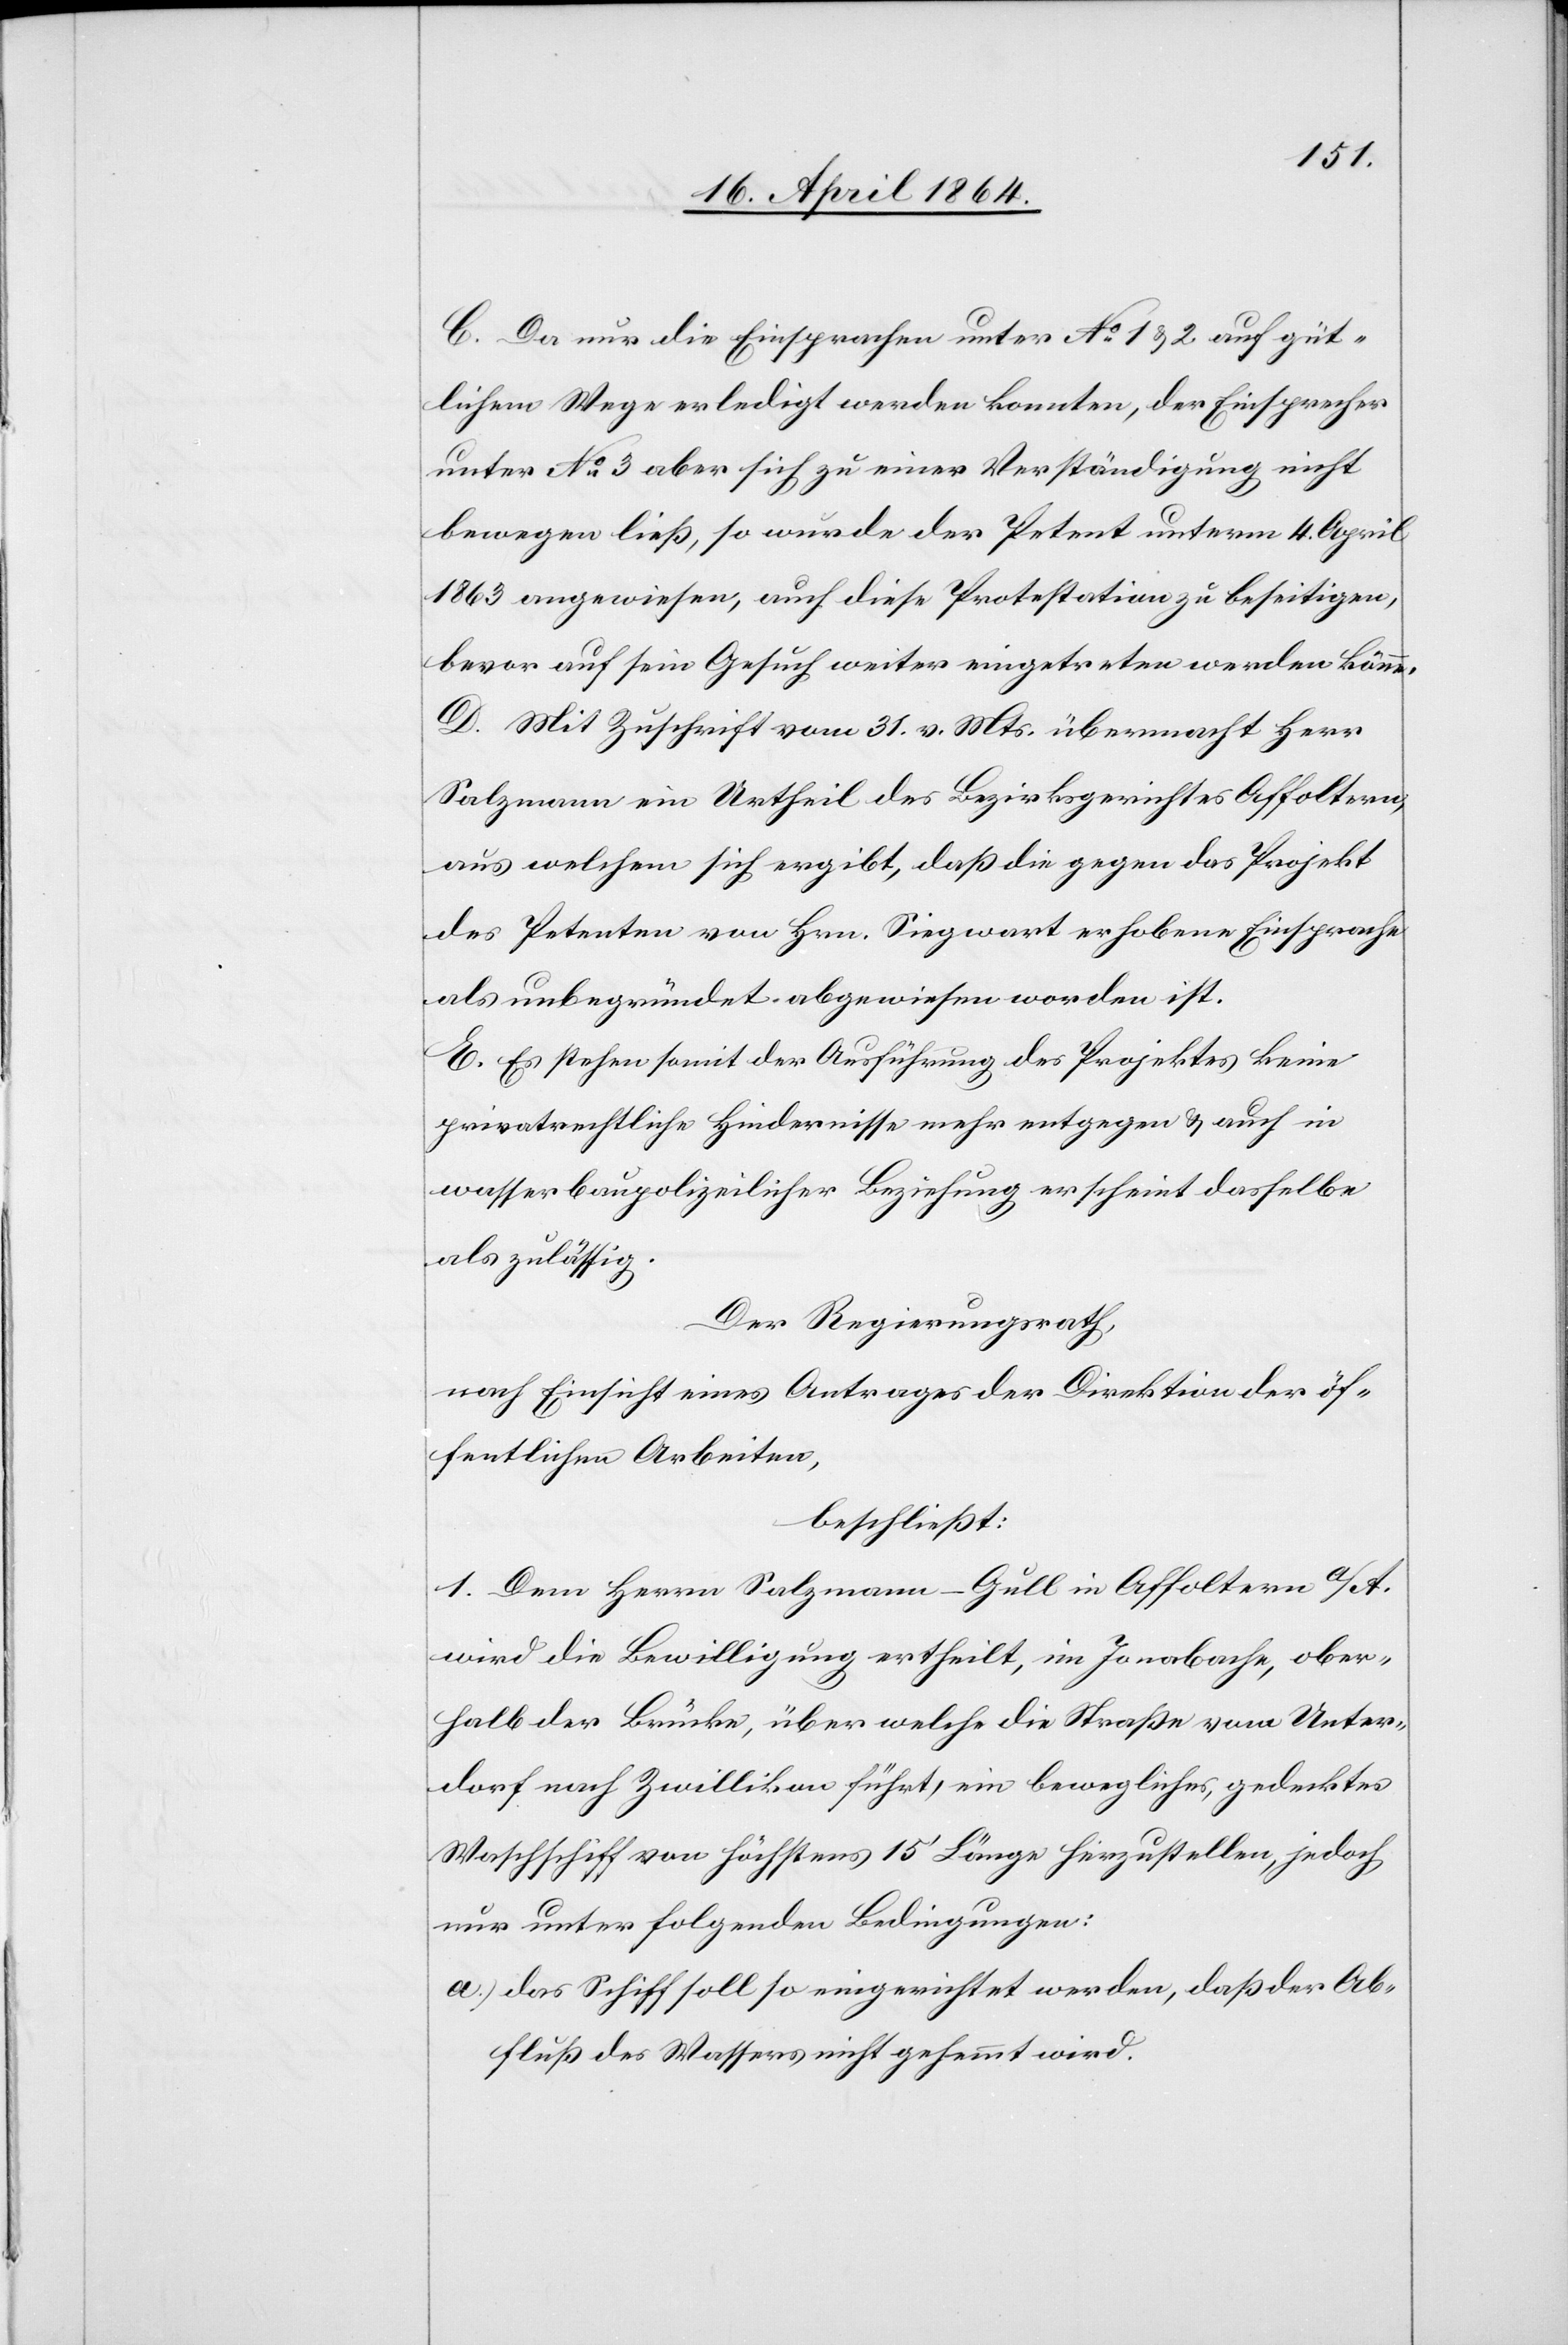
C. Da nur die Einsprachen unter No 1 u. 2 auf güt¬
lichem Wege erledigt werden konnten, der Einsprecher
unter No 3 aber sich zu einer Verständigung nicht
bewegen ließ, so wurde der Petent unterm 4. April
1863 angewiesen, auch diese Protestation zu beseitigen,
bevor auf sein Gesuch weiter eingetreten werden könne.
D. Mit Zuschrift vom 31. v. Mts. übermacht Herr
Salzmann ein Urtheil des Bezirksgerichtes Affoltern,
aus welchem sich ergibt, daß die gegen das Projekt
des Petenten von Hrn. Siegwart erhobene Einsprache
als unbegründet abgewiesen worden ist.
E. Es stehen somit der Ausführung des Projektes keine
privatrechtliche Hindernisse mehr entgegen u. auch in
wasserbaupolizeilicher Beziehung erscheint dasselbe
als zulässig.
Der Regierungsrath,
nach Einsicht eines Antrages der Direktion der öf¬
fentlichen Arbeiten,
beschließt:
1. Dem Herrn Salzmann-Gull in Affoltern a/A.
wird die Bewilligung ertheilt, im Jonabache, ober¬
halb der Brücke, über welche die Straße vom Unter¬
dorf nach Zwillikon führt, ein bewegliches, gedecktes
Waschschiff von höchstens 15’ Länge hinzustellen, jedoch
nur unter folgenden Bedingungen:
a.) Das Schiff soll so eingerichtet werden, daß der Ab¬
fluß des Wassers nicht gehemmt wird.